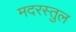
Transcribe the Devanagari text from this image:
मदरस्तुल